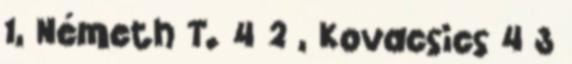
1, Németh T. 4 2 , Kovacsics 4 3